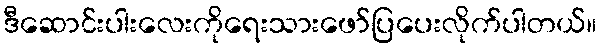
ဒီဆောင်းပါးလေးကိုရေးသားဖော်ပြပေးလိုက်ပါတယ်။